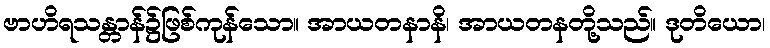
ဗာဟိရသန္တာန်၌ဖြစ်ကုန်သော။ အာယတနာနိ၊ အာယတနတို့သည်။ ဒုတိယော၊